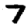
Digit: 7